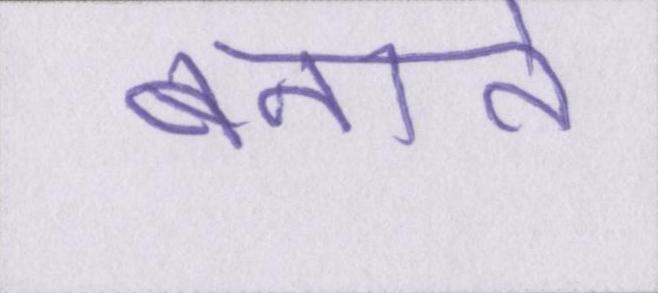
बनाते